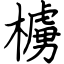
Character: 㯭